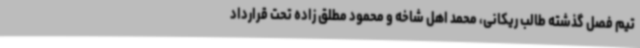
تیم فصل گذشته طالب ریکانی، محمد اهل شاخه و محمود مطلق زاده تحت قرارداد